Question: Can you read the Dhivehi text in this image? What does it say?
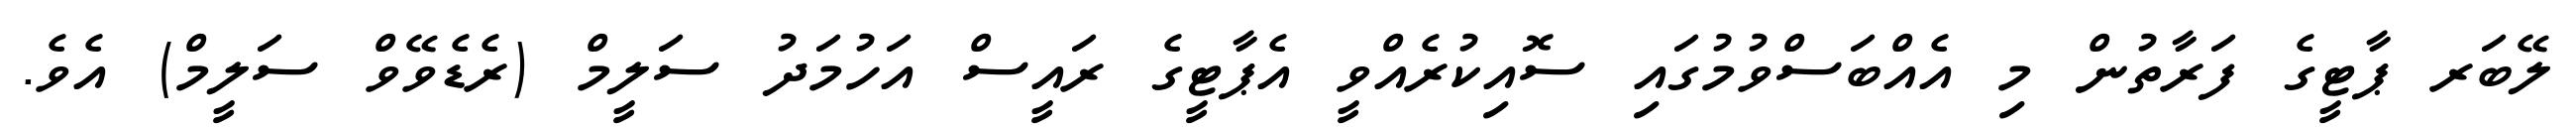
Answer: ލޭބަރ ޕާޓީގެ ފަރާތުން މި އެއްބަސްވުމުގައި ސޮއިކުރެއްވީ އެޕާޓީގެ ރައީސް އަހުމަދު ސަލީމް (ރެޑެވޭވް ސަލީމް) އެވެ.